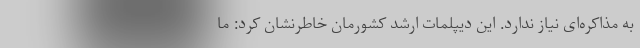
به مذاکره‌ای نیاز ندارد. این دیپلمات ارشد کشورمان خاطرنشان کرد: ما